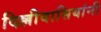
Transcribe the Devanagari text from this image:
दिल्लीवासियांनी